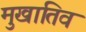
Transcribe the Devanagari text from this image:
मुखातिव